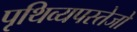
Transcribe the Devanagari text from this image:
पृथिव्यपस्तेजो